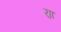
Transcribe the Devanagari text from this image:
र्‍ाा